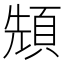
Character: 𩒙